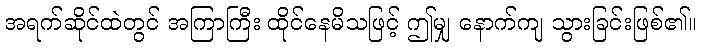
အရက်ဆိုင်ထဲတွင် အကြာကြီး ထိုင်နေမိသဖြင့် ဤမျှ နောက်ကျ သွားခြင်းဖြစ်၏။